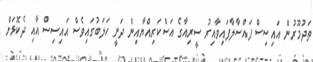
ތަދުމޫރުން އައިސިސް ފައްސާލާފައިވާއިރު ސީރިއާގެ އަސްކަރިއްޔާއިން ދަނީ ހަލަބުގައިވެސް އައިސިސް އާއި ދެކޮޅަށް